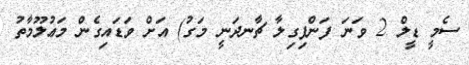
ސެމީ ޑީލް 2 ވަނަ ފަންފިގިލާ ޗާނދަނީ މަގު) އަށް ވަޑައިގެން މަޢުލޫމާތު